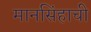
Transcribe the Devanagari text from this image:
मानसिंहाची